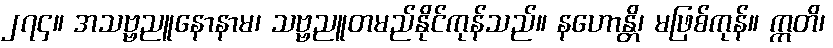
၂၇၄။ အသဗ္ဗညူနောနာမ၊ သဗ္ဗညူတမည်နိုင်ကုန်သည်။ နဟောန္တိ၊ မဖြစ်ကုန်။ ဣတိ၊